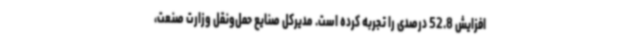
افزایش 52.8 درصدی را تجربه کرده است. مدیرکل صنایع حمل‌ونقل وزارت صنعت،